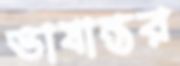
ভাষান্তর